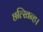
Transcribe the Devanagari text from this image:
छल्खिन्ह।